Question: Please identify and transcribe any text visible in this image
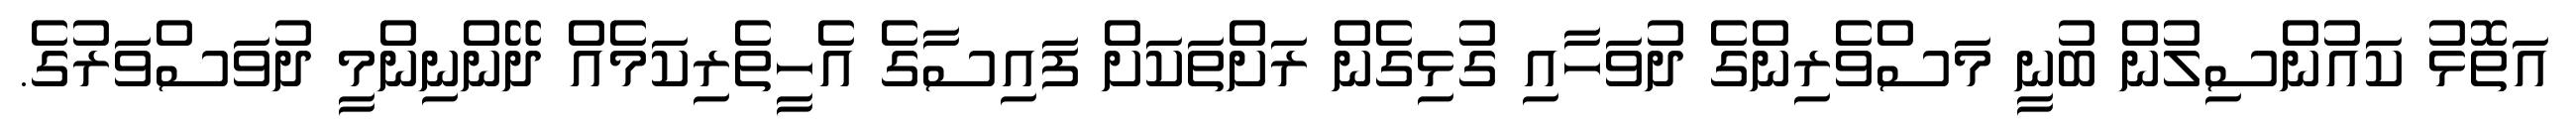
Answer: އަތޮޅު ކައުންސިލުން ބުނީ މަސްވެރިންގެ ދުވަހާއި ގުޅިގެން ރަށްތަކަށް ފައިސާގެ އެހީތެރިކަމެއް ދޭންނިންމީ ދުވަސްވަރުގެ.